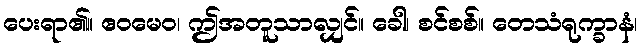
ပေးရာ၏။ ဧဝမေဝ၊ ဤအတူသာလျှင်။ ခေါ၊ စင်စစ်။ တေသံရုက္ခာနံ၊